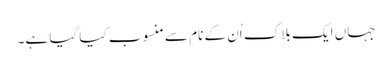
جہاں ایک بلاک اُن کے نام سے منسوب کیا گیا ہے۔